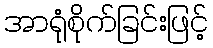
အာရုံစိုက်ခြင်းဖြင့်